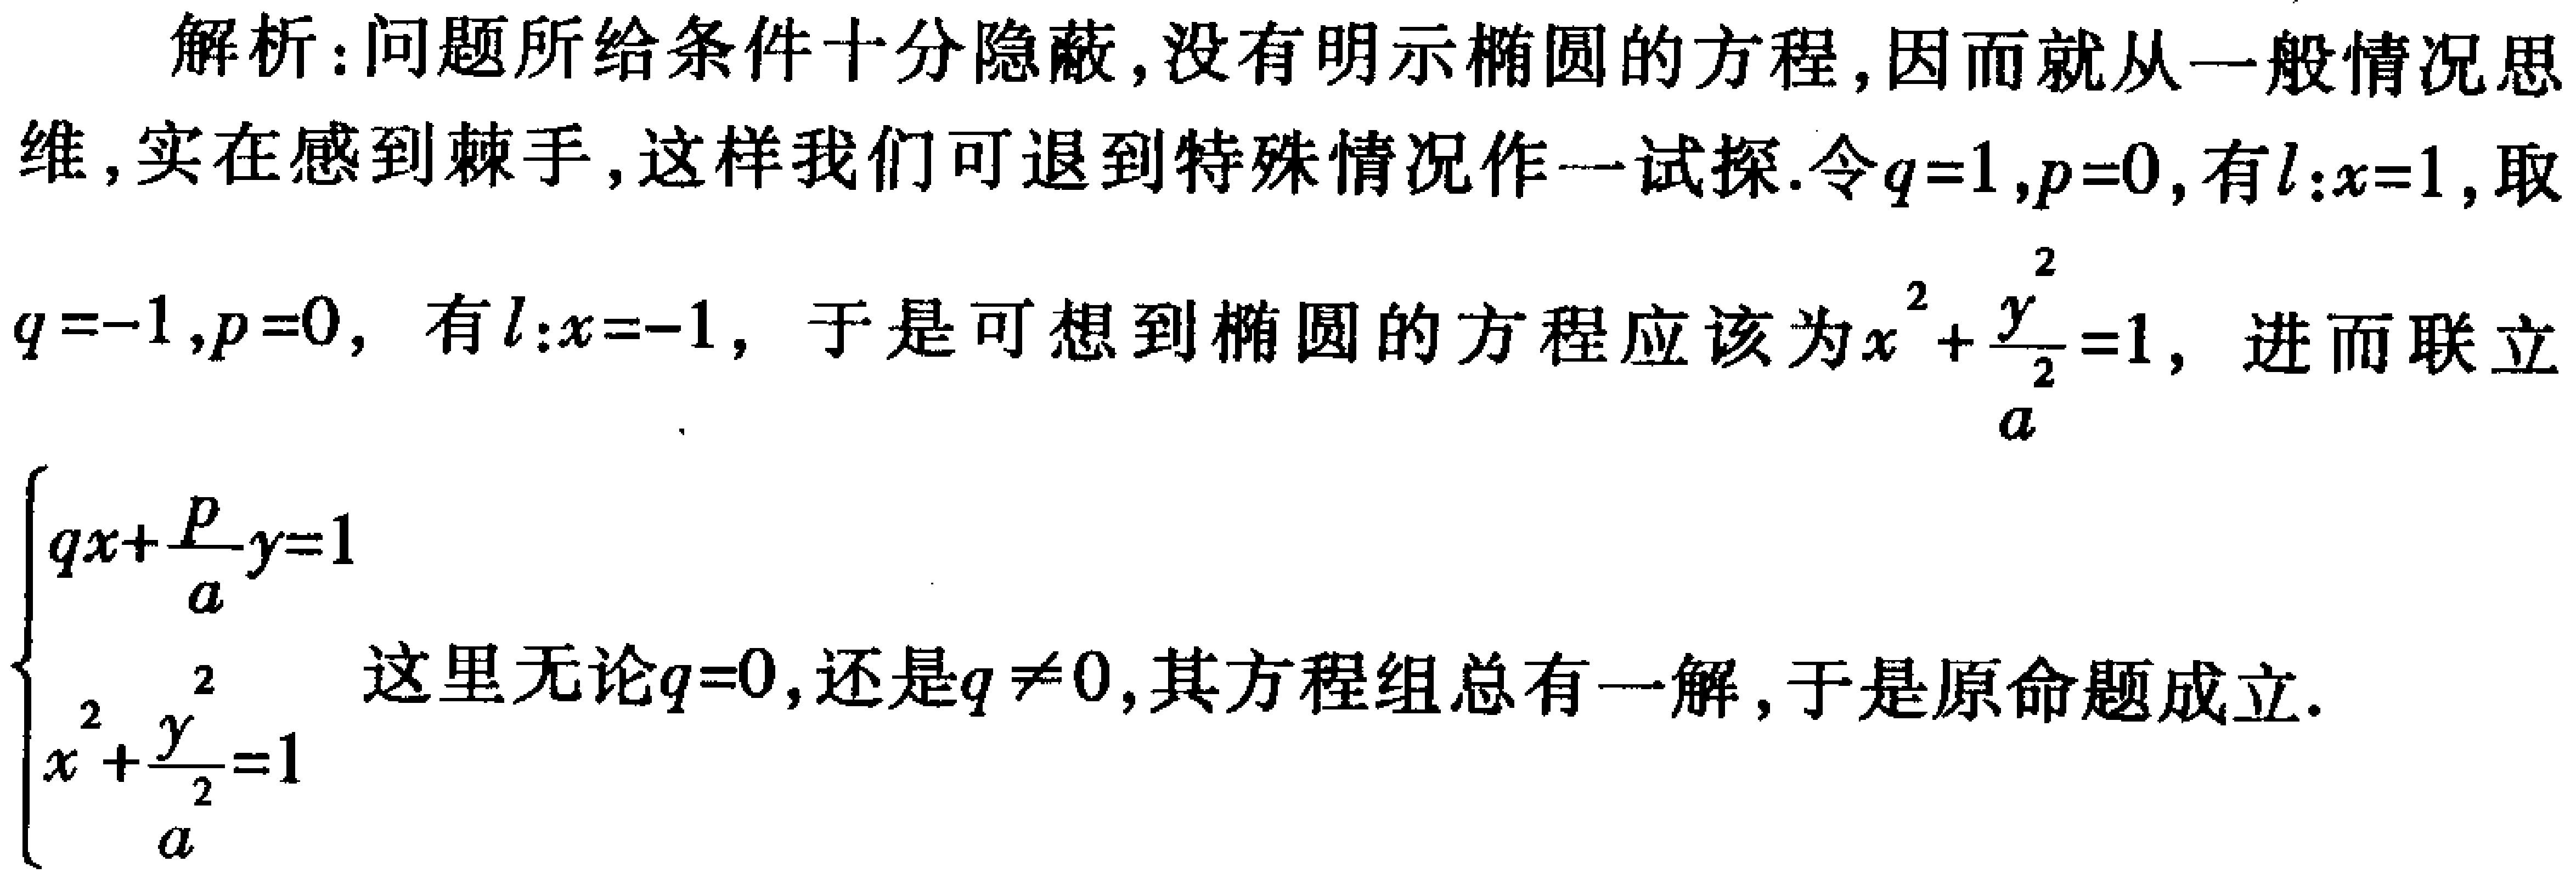
解析：问题所给条件十分隐蔽，没有明示椭圆的方程，因而就从一般情况思维，实在感到棘手，这样我们可退到特殊情况作一试探.令\(q = 1,p = 0\)，有\(l:x = 1\)，取\(q=-1,p = 0\)，有\(l:x=-1\)，于是可想到椭圆的方程应该为\(x^{2}+\frac{y^{2}}{a^{2}} = 1\)，进而联立
\(\begin{cases}
qx+\frac{p}{a}y = 1\\
x^{2}+\frac{y^{2}}{a^{2}} = 1
\end{cases}\)
这里无论\(q = 0\)，还是\(q\neq0\)，其方程组总有一解，于是原命题成立.